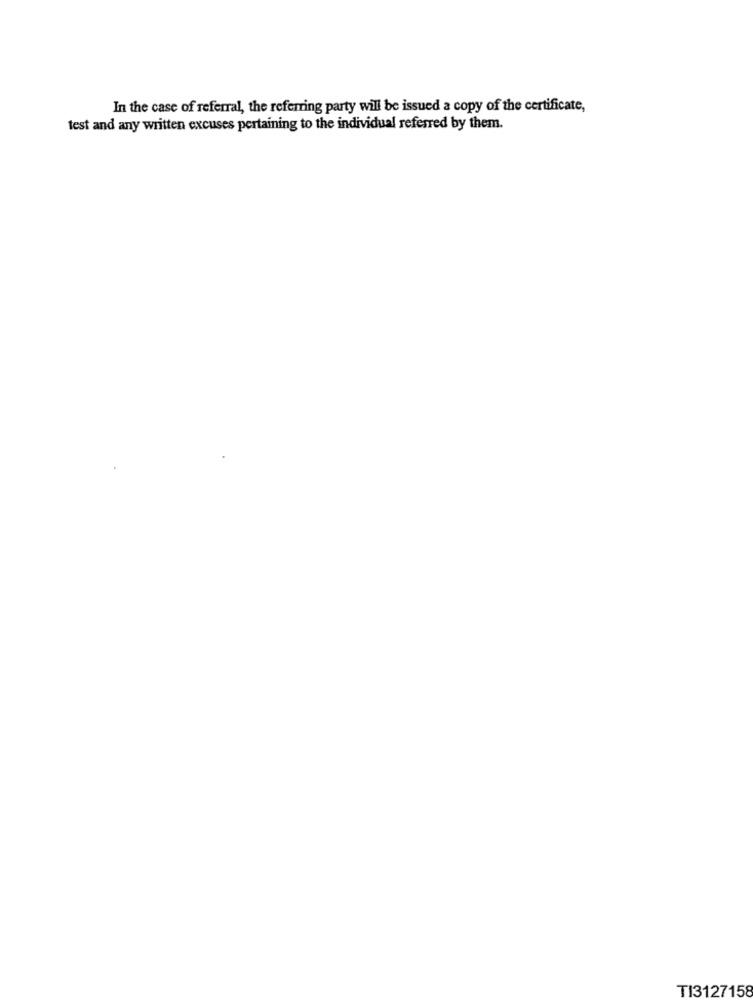
In the case of referral, the referring party will be issued a copy of the certificate,
test and any written excuses pertaining to the individual referred by them.
TI3127158